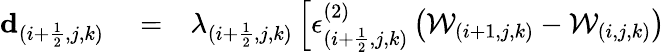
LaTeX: \begin{array}{rlr}{\mathbf{d}_{(i+\frac{1}{2},j,k)}}&{{}=}&{\lambda_{(i+\frac{1}{2},j,k)}\left[\epsilon_{(i+\frac{1}{2},j,k)}^{(2)}\left(\mathcal{W}_{(i+1,j,k)}-\mathcal{W}_{(i,j,k)}\right)\right.}\end{array}